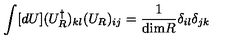
\int [ d U ] ( U _ { R } ^ { \dagger } ) _ { k l } ( U _ { R } ) _ { i j } = \frac { 1 } { \mathrm { d i m } R } \delta _ { i l } \delta _ { j k }